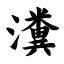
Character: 瀵